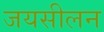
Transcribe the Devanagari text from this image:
जयसीलन